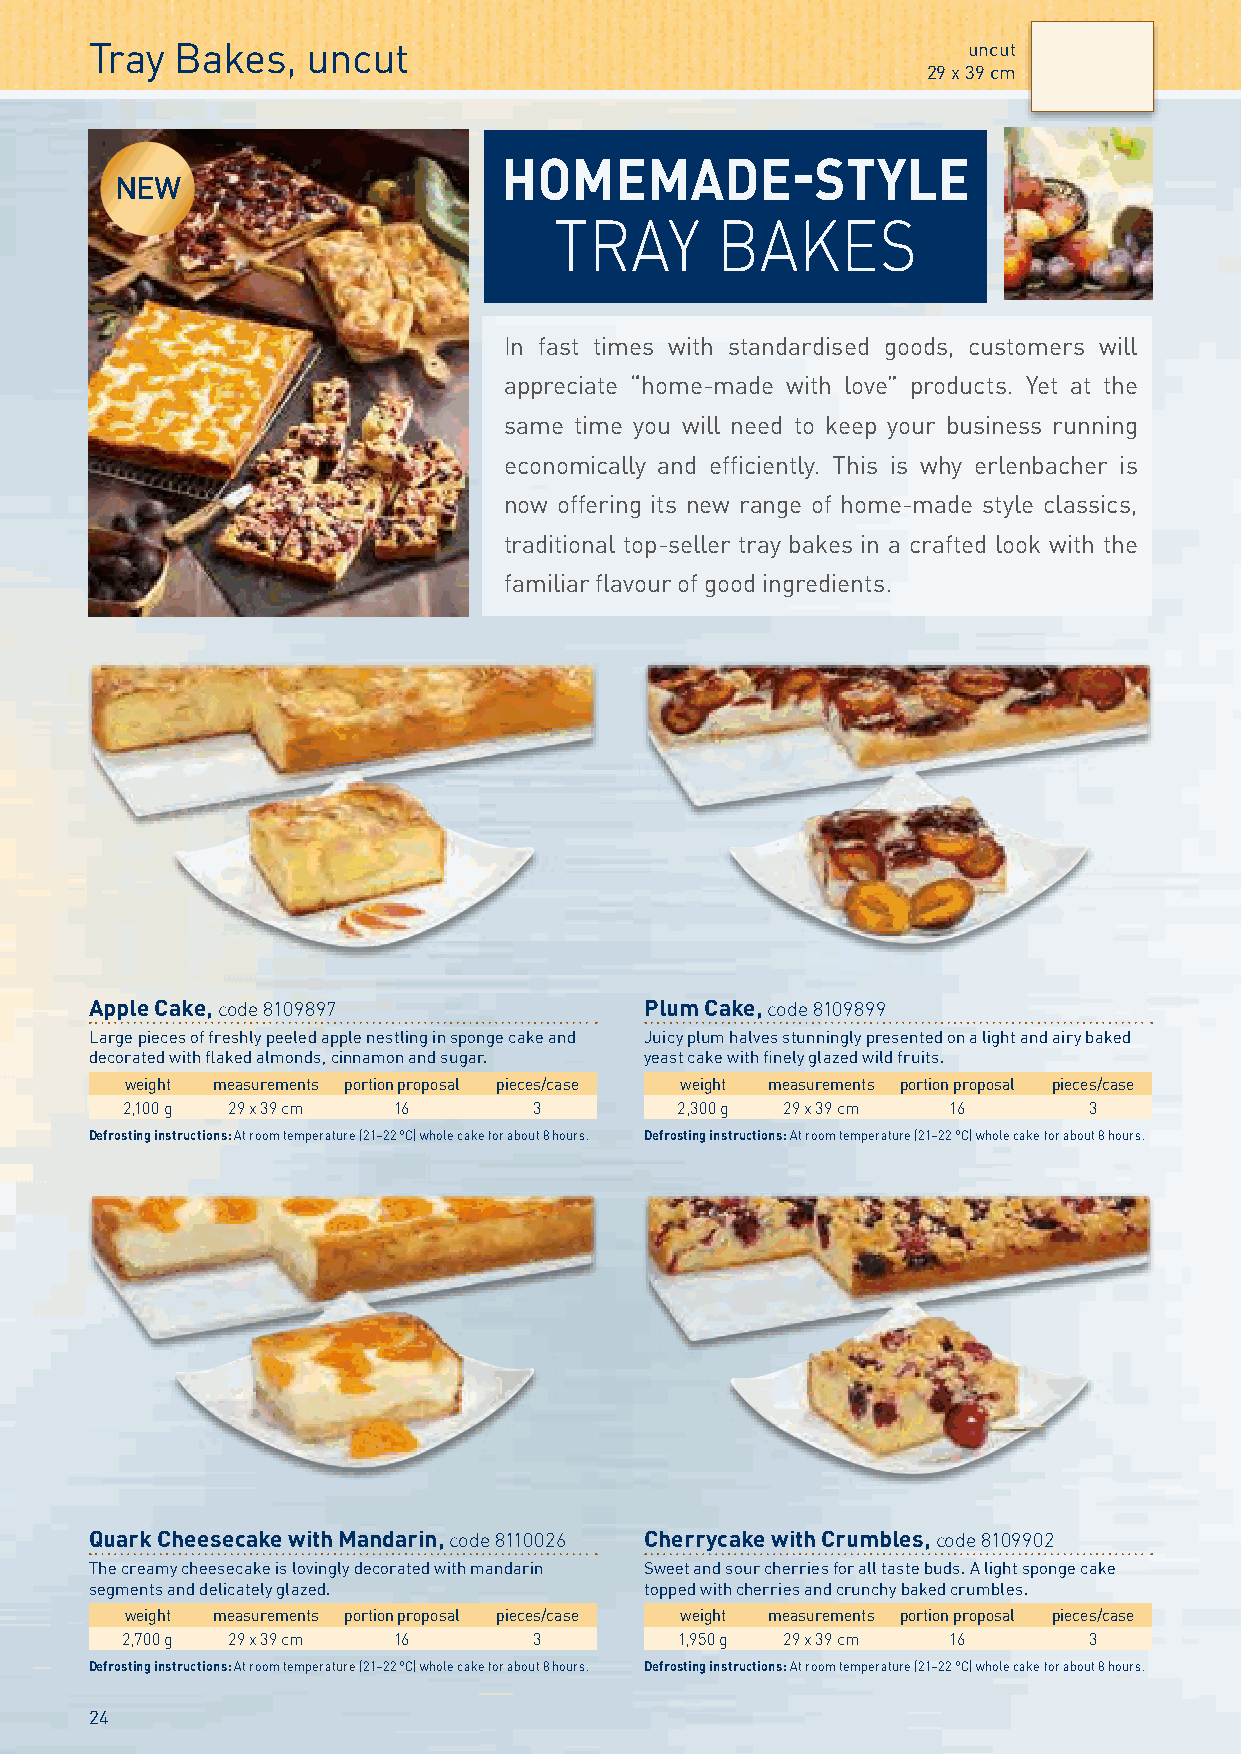
Tray  Bakes,  uncut                                       uncut
 29 x 39 cm
 HOMEMADE-STYLE
 NEW
 TRAY      BAKES
 In fast times with standardised goods, customers will
 appreciate “home-made with love” products. Yet at the
 same time you will need to keep your business running
 economically and efficiently. This is why erlenbacher is
 now offering its new range of home-made style classics,
 traditional top-seller tray bakes in a crafted look with the
 familiar flavour of good ingredients.
 Apple Cake, code 8109897             Plum Cake, code 8109899
 Large pieces of freshly peeled apple nestling in sponge cake and Juicy plum halves stunningly presented on a light and airy baked
 decorated with flaked almonds, cinnamon and sugar. yeast cake with finely glazed wild fruits.
 weight measurements portion proposal pieces/case weight measurements portion proposal pieces/case
 2,100 g 29 x 39 cm 16      3         2,300 g 29 x 39 cm 16      3
 Defrosting instructions: At room temperature (21–22 °C) whole cake for about 8 hours. Defrosting instructions: At room temperature (21–22 °C) whole cake for about 8 hours.
 Quark Cheesecake with Mandarin, code 8110026 Cherrycake with Crumbles, code 8109902
 The creamy cheesecake is lovingly decorated with mandarin Sweet and sour cherries for all taste buds. A light sponge cake
 segments and delicately glazed.      topped with cherries and crunchy baked crumbles.
 weight measurements portion proposal pieces/case weight measurements portion proposal pieces/case
 2,700 g 29 x 39 cm 16      3         1,950 g 29 x 39 cm 16      3
 Defrosting instructions: At room temperature (21–22 °C) whole cake for about 8 hours. Defrosting instructions: At room temperature (21–22 °C) whole cake for about 8 hours.
 24